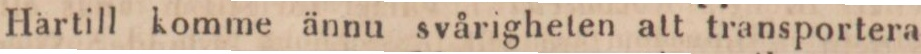
Härtill komme ännu svårigheten att transportera